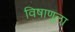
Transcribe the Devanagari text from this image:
विषाणूला